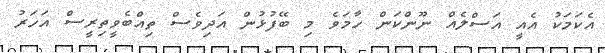
އެކަމަކު އެއީ އަސްލެއް ނޫންކަން ހާމަވެ މި ބޭފުޅުން އަދިވެސް ތިއްބެވީތިރީސް އަހަރު